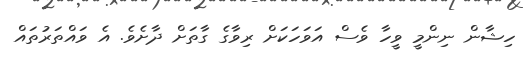
ހިޝާން ނިންމީ ވީހާ ވެސް އަވަހަކަށް ރިވާގެ ގާތަށް ދާށެވެ. އެ ވައްތަރުތައް